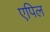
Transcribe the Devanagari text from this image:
एपिल